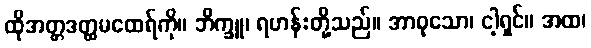
ထိုအတ္တဒတ္ထမထေရ်ကို။ ဘိက္ခူ၊ ရဟန်းတို့သည်။ အာဝုသော၊ ငါ့ရှင်။ အထ၊